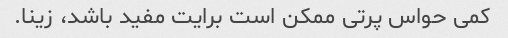
کمی حواس پرتی ممکن است برایت مفید باشد، زینا.